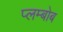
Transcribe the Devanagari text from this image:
प्लम्बोब